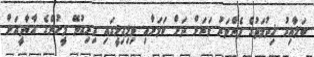
ބަލާއިރު ޚިދުމަތުގެ ފެންވަރު ވަރަށް ދަށް ކަމަށާއި ވިލިގިލީގައި ދިރިއުޅޭ މީހުންގެ އާބާދީއަށް